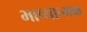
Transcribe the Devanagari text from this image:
भाष्यात्मक